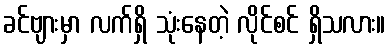
ခင်ဗျားမှာ လက်ရှိ သုံးနေတဲ့ လိုင်စင် ရှိသလား။